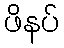
ဖိနပ်